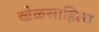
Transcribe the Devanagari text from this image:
खेळसाहित्य